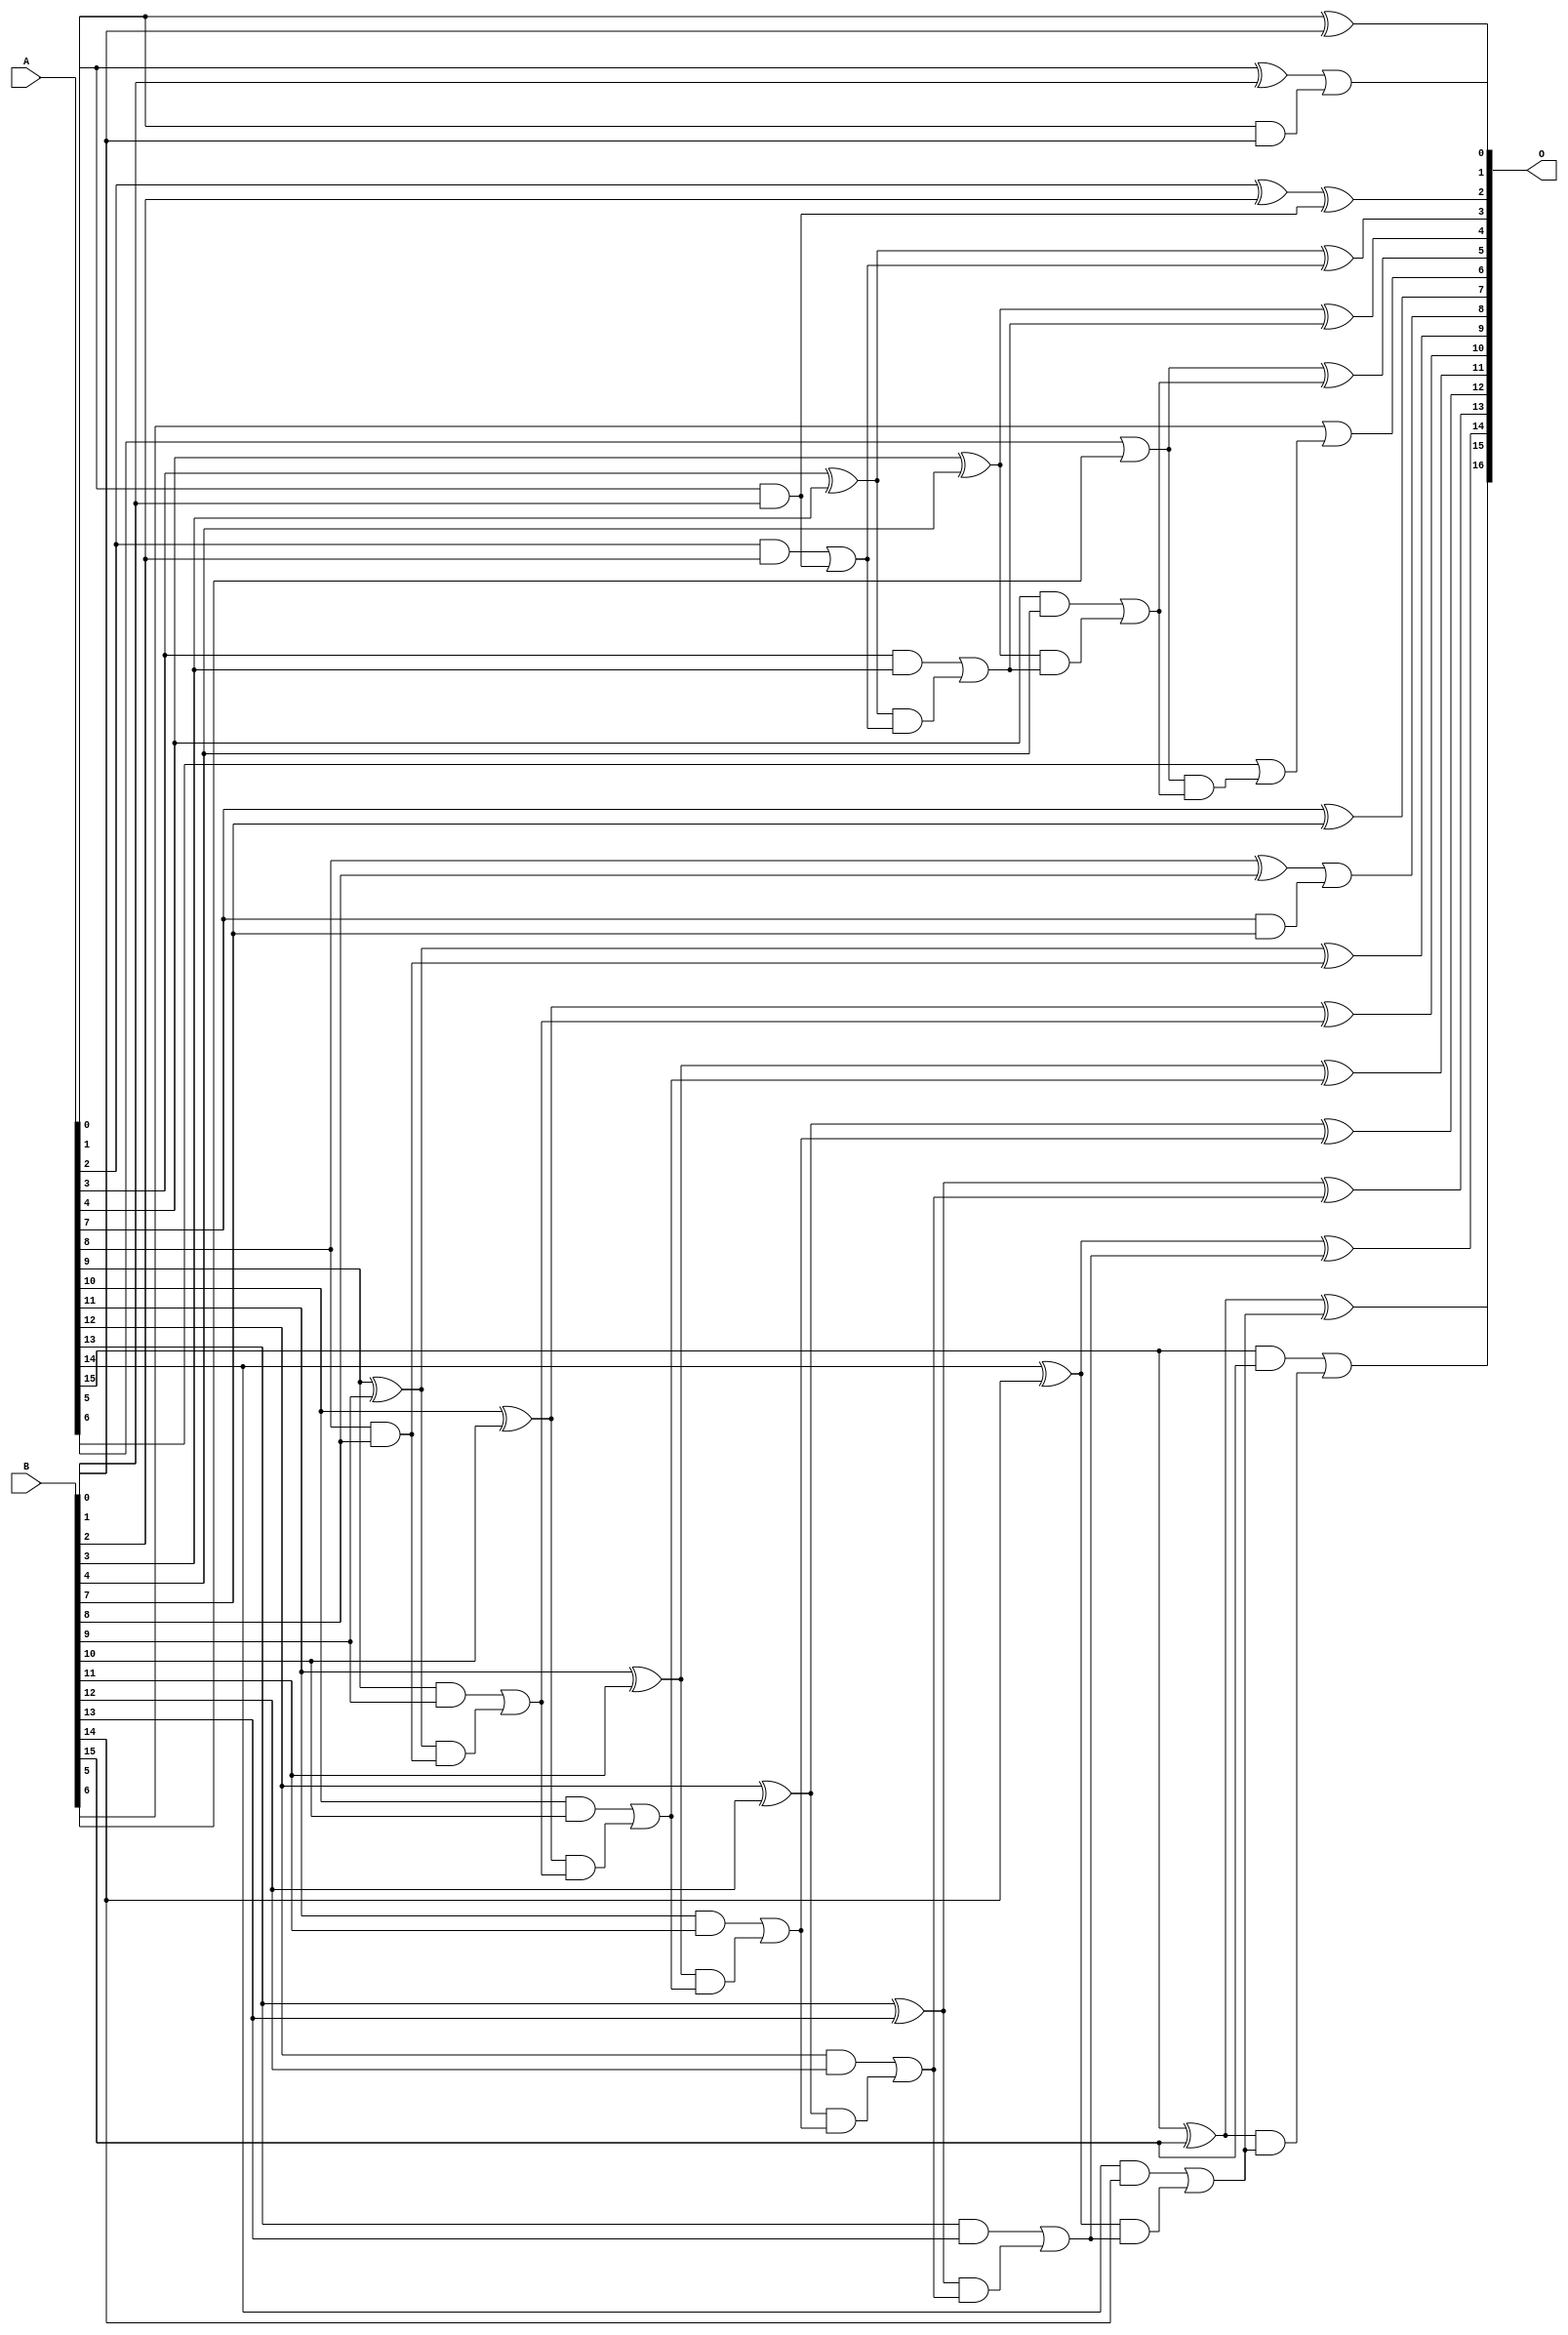
// This program was cloned from: https://github.com/ehw-fit/evoapproxlib
// License: MIT License

/***
* This code is a part of EvoApproxLib library (ehw.fit.vutbr.cz/approxlib) distributed under The MIT License.
* When used, please cite the following article(s): V. Mrazek, L. Sekanina, Z. Vasicek "Libraries of Approximate Circuits: Automated Design and Application in CNN Accelerators" IEEE Journal on Emerging and Selected Topics in Circuits and Systems, Vol 10, No 4, 2020 
* This file contains a circuit from a sub-set of pareto optimal circuits with respect to the pwr and ep parameters
***/
// MAE% = 0.056 %
// MAE = 74 
// WCE% = 0.32 %
// WCE = 418 
// WCRE% = 200.00 %
// EP% = 68.55 %
// MRE% = 0.15 %
// MSE = 14574 
// PDK45_PWR = 0.057 mW
// PDK45_AREA = 143.1 um2
// PDK45_DELAY = 0.63 ns


module add16u_1US(A, B, O);
  input [15:0] A, B;
  output [16:0] O;
  wire sig_33, sig_34, sig_35, sig_38, sig_39, sig_40;
  wire sig_41, sig_43, sig_44, sig_45, sig_46, sig_48;
  wire sig_49, sig_50, sig_51, sig_53, sig_54, sig_56;
  wire sig_58, sig_64, sig_65, sig_68, sig_69, sig_70;
  wire sig_73, sig_74, sig_75, sig_76, sig_78, sig_79;
  wire sig_80, sig_81, sig_83, sig_84, sig_85, sig_86;
  wire sig_88, sig_89, sig_90, sig_91, sig_93, sig_94;
  wire sig_95, sig_96, sig_98, sig_99, sig_100, sig_101;
  wire sig_103, sig_104, sig_105, sig_106;
  assign O[0] = A[0] ^ B[0];
  assign sig_33 = A[0] & B[0];
  assign sig_34 = A[1] ^ B[1];
  assign sig_35 = A[1] & B[1];
  assign O[1] = sig_34 | sig_33;
  assign sig_38 = sig_35;
  assign sig_39 = A[2] ^ B[2];
  assign sig_40 = A[2] & B[2];
  assign sig_41 = A[1] & B[1];
  assign O[2] = sig_39 ^ sig_38;
  assign sig_43 = sig_40 | sig_41;
  assign sig_44 = A[3] ^ B[3];
  assign sig_45 = A[3] & B[3];
  assign sig_46 = sig_44 & sig_43;
  assign O[3] = sig_44 ^ sig_43;
  assign sig_48 = sig_45 | sig_46;
  assign sig_49 = A[4] ^ B[4];
  assign sig_50 = A[4] & B[4];
  assign sig_51 = sig_49 & sig_48;
  assign O[4] = sig_49 ^ sig_48;
  assign sig_53 = sig_50 | sig_51;
  assign sig_54 = A[5] | B[5];
  assign sig_56 = sig_54 & sig_53;
  assign O[5] = sig_54 ^ sig_53;
  assign sig_58 = A[6] | sig_56;
  assign O[6] = B[6] | sig_58;
  assign sig_64 = A[7] ^ B[7];
  assign sig_65 = A[7] & B[7];
  assign O[7] = sig_64;
  assign sig_68 = sig_65;
  assign sig_69 = A[8] ^ B[8];
  assign sig_70 = A[8] & B[8];
  assign O[8] = sig_69 | sig_68;
  assign sig_73 = sig_70;
  assign sig_74 = A[9] ^ B[9];
  assign sig_75 = A[9] & B[9];
  assign sig_76 = sig_74 & sig_73;
  assign O[9] = sig_74 ^ sig_73;
  assign sig_78 = sig_75 | sig_76;
  assign sig_79 = A[10] ^ B[10];
  assign sig_80 = A[10] & B[10];
  assign sig_81 = sig_79 & sig_78;
  assign O[10] = sig_79 ^ sig_78;
  assign sig_83 = sig_80 | sig_81;
  assign sig_84 = A[11] ^ B[11];
  assign sig_85 = A[11] & B[11];
  assign sig_86 = sig_84 & sig_83;
  assign O[11] = sig_84 ^ sig_83;
  assign sig_88 = sig_85 | sig_86;
  assign sig_89 = A[12] ^ B[12];
  assign sig_90 = A[12] & B[12];
  assign sig_91 = sig_89 & sig_88;
  assign O[12] = sig_89 ^ sig_88;
  assign sig_93 = sig_90 | sig_91;
  assign sig_94 = A[13] ^ B[13];
  assign sig_95 = A[13] & B[13];
  assign sig_96 = sig_94 & sig_93;
  assign O[13] = sig_94 ^ sig_93;
  assign sig_98 = sig_95 | sig_96;
  assign sig_99 = A[14] ^ B[14];
  assign sig_100 = A[14] & B[14];
  assign sig_101 = sig_99 & sig_98;
  assign O[14] = sig_99 ^ sig_98;
  assign sig_103 = sig_100 | sig_101;
  assign sig_104 = A[15] ^ B[15];
  assign sig_105 = A[15] & B[15];
  assign sig_106 = sig_104 & sig_103;
  assign O[15] = sig_104 ^ sig_103;
  assign O[16] = sig_105 | sig_106;
endmodule